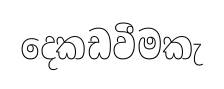
දෙකඩවීමකැ